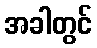
အခါတွင်